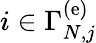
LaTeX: i\in\Gamma_{N,j}^{\left(\mathrm{e}\right)}